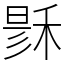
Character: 𥟟